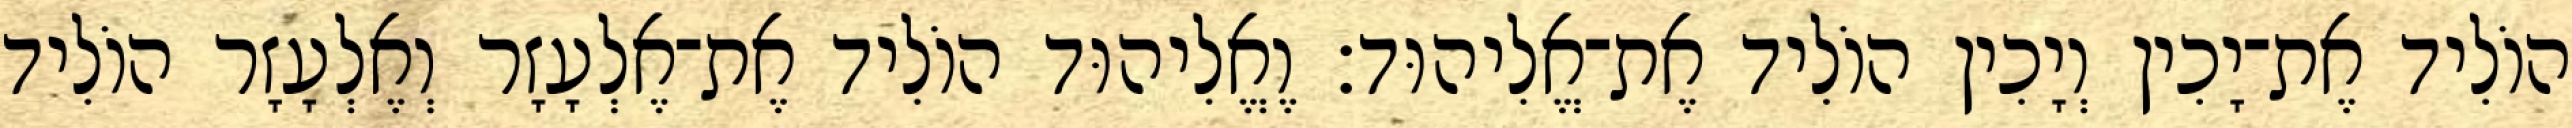
הוֹלִיד אֶת־יָכִין וְיָכִין הוֹלִיד אֶת־אֱלִיהוּד׃ וֶאֱלִיהוּד הוֹלִיד אֶת־אֶלְעָזָר וְאֶלְעָזָר הוֹלִיד